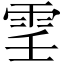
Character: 𩂐